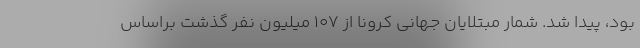
بود، پیدا شد. شمار مبتلایان جهانی کرونا از ۱۰۷ میلیون نفر گذشت براساس